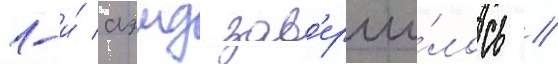
1-и́ аэмд зав'ерши́лось //